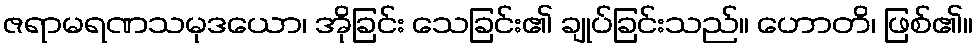
ဇရာမရဏသမုဒယော၊ အိုခြင်း သေခြင်း၏ ချုပ်ခြင်းသည်။ ဟောတိ၊ ဖြစ်၏။